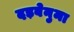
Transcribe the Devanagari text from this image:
दड़बेनुमा